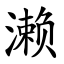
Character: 濑